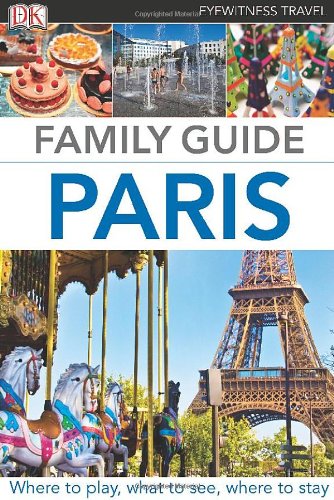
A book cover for Family Guide Paris (Eyewitness Travel Family Guide); DK Publishing; Travel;